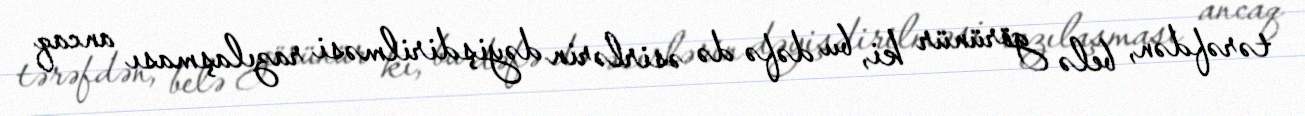
tərəfdən, belə görünür ki, bu dəfə də əsirlərin dəyişdirilməsi razılaşması ancaq